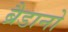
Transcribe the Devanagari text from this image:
ब्रैडानो